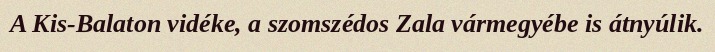
A Kis-Balaton vidéke, a szomszédos Zala vármegyébe is átnyúlik.